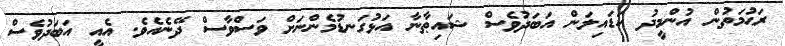
ރަޙުމަތުން އުންމީދު ކަޑައިލަން އަބަދުވެސް ޝައިޠާނާ އަޅުގަނޑުމެންނަށް ވަސްވާސް ދޭނެއެވެ. އެއީ އަބަދުވެސް